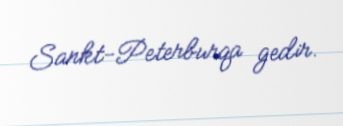
Sankt-Peterburqa gedir.